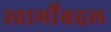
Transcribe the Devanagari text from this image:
स्वामीँबद्दल